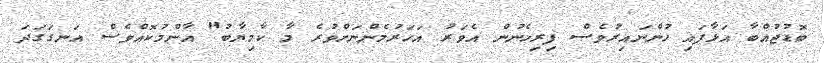
ބޮޑުޖުއްބާ އަޅާފައި ހުންނައިރުވެސް ފިރިހެނުން އެވަރު އަހަރުމެންނަށްވުރެ މާ ކާމިޔާބު" އާންމުކޮއްވެސް އަނގަގަދަ